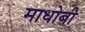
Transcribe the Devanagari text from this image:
माधोबी